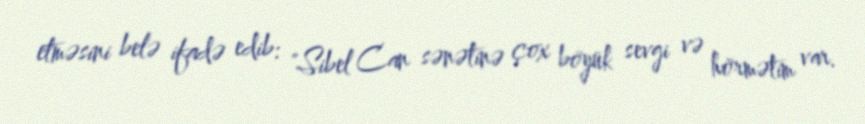
etməsini belə ifadə edib: "Sibel Can sənətinə çox böyük sevgi və hörmətim var.